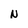
Character: N